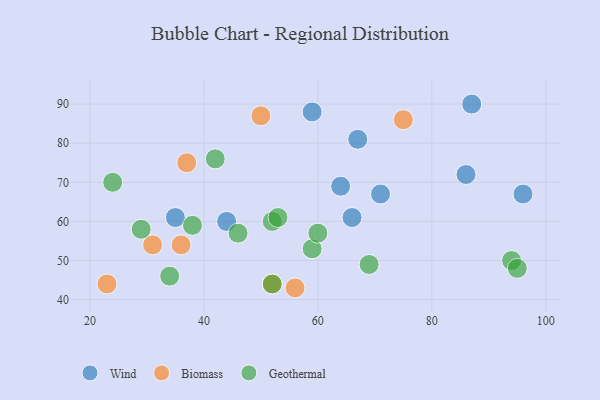
{"axis": {"x": "GDP", "y": "Life Expectancy"}, "legend": ["Biomass", "Geothermal", "Wind"], "data": [{"x": "96", "y": 67, "type": "Wind"}, {"x": "67", "y": 81, "type": "Wind"}, {"x": "86", "y": 72, "type": "Wind"}, {"x": "59", "y": 88, "type": "Wind"}, {"x": "87", "y": 90, "type": "Wind"}, {"x": "71", "y": 67, "type": "Wind"}, {"x": "66", "y": 61, "type": "Wind"}, {"x": "44", "y": 60, "type": "Wind"}, {"x": "64", "y": 69, "type": "Wind"}, {"x": "35", "y": 61, "type": "Wind"}, {"x": "23", "y": 44, "type": "Biomass"}, {"x": "37", "y": 75, "type": "Biomass"}, {"x": "52", "y": 44, "type": "Biomass"}, {"x": "75", "y": 86, "type": "Biomass"}, {"x": "31", "y": 54, "type": "Biomass"}, {"x": "56", "y": 43, "type": "Biomass"}, {"x": "36", "y": 54, "type": "Biomass"}, {"x": "50", "y": 87, "type": "Biomass"}, {"x": "24", "y": 70, "type": "Geothermal"}, {"x": "42", "y": 76, "type": "Geothermal"}, {"x": "52", "y": 60, "type": "Geothermal"}, {"x": "29", "y": 58, "type": "Geothermal"}, {"x": "52", "y": 44, "type": "Geothermal"}, {"x": "59", "y": 53, "type": "Geothermal"}, {"x": "60", "y": 57, "type": "Geothermal"}, {"x": "53", "y": 61, "type": "Geothermal"}, {"x": "34", "y": 46, "type": "Geothermal"}, {"x": "94", "y": 50, "type": "Geothermal"}, {"x": "69", "y": 49, "type": "Geothermal"}, {"x": "46", "y": 57, "type": "Geothermal"}, {"x": "38", "y": 59, "type": "Geothermal"}, {"x": "95", "y": 48, "type": "Geothermal"}]}